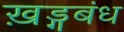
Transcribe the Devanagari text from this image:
ख़ड्गबंध